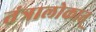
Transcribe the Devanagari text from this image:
तंत्रालोकात्